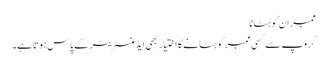
ممبران کو ہٹانا
گروپ سے کسی ممبر کو ہٹانے کا اختیار بھی ایڈمنسٹریٹر کے پاس ہوتا ہے۔